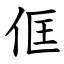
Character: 㑌